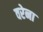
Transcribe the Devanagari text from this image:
वरेना